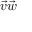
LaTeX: { \vec { v } } { \vec { w } }